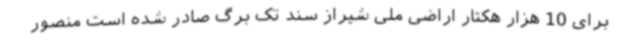
برای 10 هزار هکتار اراضی ملی شیراز سند تک برگ صادر شده است منصور